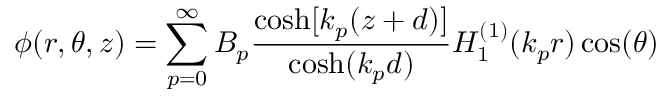
\phi ( r , \theta , z ) = \sum _ { p = 0 } ^ { \infty } B _ { p } \frac { \cosh [ k _ { p } ( z + d ) ] } { \cosh ( k _ { p } d ) } H _ { 1 } ^ { ( 1 ) } ( k _ { p } r ) \cos ( \theta )